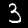
Label: 3